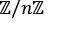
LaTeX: \mathbb { Z } / n \mathbb { Z }